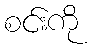
စင်းကို